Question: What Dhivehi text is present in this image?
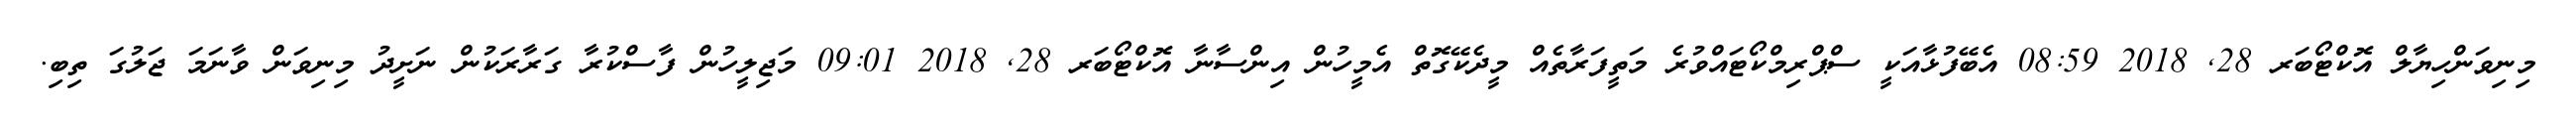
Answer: މިނިވަންހިޔާލް އޮކްޓޯބަރ 28, 2018 08:59 އެބޭފުޅާއަކީ ސްޕްރިމްކޯޓައްވުރެ މަތީފަރާތެއް މީދެކޭގޮތް އެމީހުން އިންސާނާ އޮކްޓޯބަރ 28, 2018 09:01 މަޖިލީހުން ފާސްކުރާ ގަރާރަކުން ނަށީދު މިނިވަން ވާނަމަ ޖަލުގަ ތިބި.